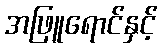
အဖြူရောင်နှင့်